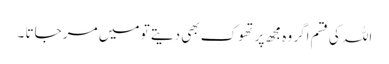
اللہ کی قسم اگر وہ مجھ پر تھوک بھی دیتے تو میں مر جاتا ۔